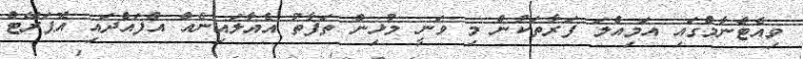
ވިއެޓްނާމްގައި އަމިއްލަ ފަރާތަކުން މި ވަނީ މުޅިން ތަފާތު އެއާލައިނެއް އުފައްދައި އޮޕަރޭޓް